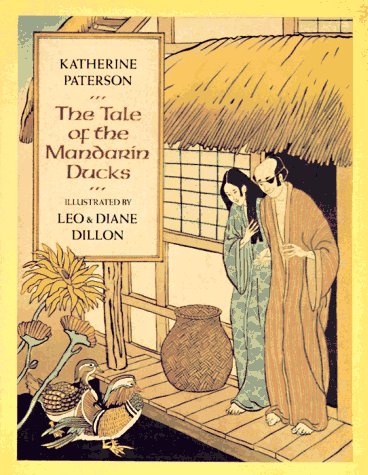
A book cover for The Tale of the Mandarin Ducks; Katherine Paterson; Children's Books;